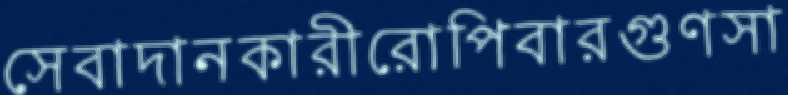
সেবাদানকারীরোপিবারগুণসা